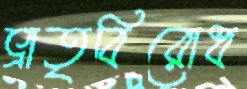
ভ্রাতৃবিরোধ